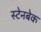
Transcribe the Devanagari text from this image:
स्टेनबेक